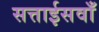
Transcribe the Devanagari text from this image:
सत्ताईसवाँ